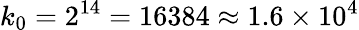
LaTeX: k_{0}=2^{14}=16384\approx 1.6\times 10^{4}